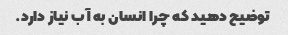
توضیح دهید که چرا انسان به آب نیاز دارد.